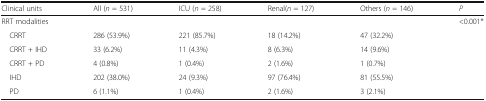
| Clinical units | All (n = 531) | ICU (n = 258) | Renal(n = 127) | Others (n = 146) | P |
 | --- | --- | --- | --- | --- | --- |
 | <COLSPAN=5> RRT modalities | <0.001* |
 | CRRT | 286 (53.9%) | 221 (85.7%) | 18 (14.2%) | 47 (32.2%) |  |
 | CRRT + IHD | 33 (6.2%) | 11 (4.3%) | 8 (6.3%) | 14 (9.6%) |  |
 | CRRT + PD | 4 (0.8%) | 1 (0.4%) | 2 (1.6%) | 1 (0.7%) |  |
 | IHD | 202 (38.0%) | 24 (9.3%) | 97 (76.4%) | 81 (55.5%) |  |
 | PD | 6 (1.1%) | 1 (0.4%) | 2 (1.6%) | 3 (2.1%) |  |